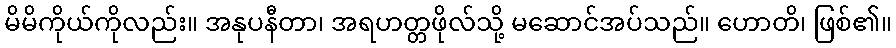
မိမိကိုယ်ကိုလည်း။ အနုပနီတာ၊ အရဟတ္တဖိုလ်သို့ မဆောင်အပ်သည်။ ဟောတိ၊ ဖြစ်၏။